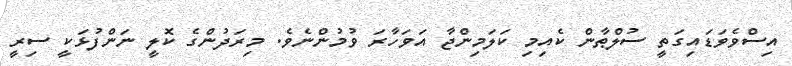
އިސްވެވަޑައިގަތީ ސުލްޠާން ކެއިމި ކަލަމިންޖާ އަވަހާރަ ވުމުންނެވެ. މިރަދުންގެ ކޮލީ ނަންފުޅަކީ ސިރީ